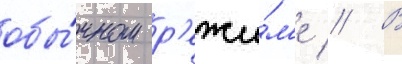
обы́чном р'ежи́м'е // В